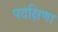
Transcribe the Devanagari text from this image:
पदक्षिणा